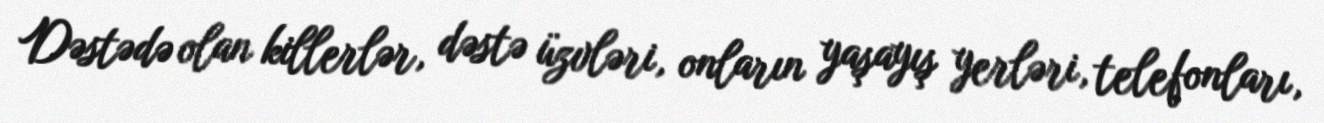
Dəstədə olan killerlər, dəstə üzvləri, onların yaşayış yerləri, telefonları,